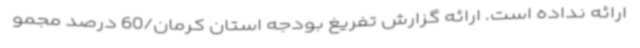
ارائه نداده است. ارائه گزارش تفریغ بودجه استان کرمان/60 درصد مجمو